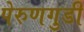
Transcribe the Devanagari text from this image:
पेरुणगुडी